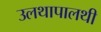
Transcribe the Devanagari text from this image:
उलथापालथी